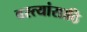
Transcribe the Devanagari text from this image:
वस्त्यांसाठि